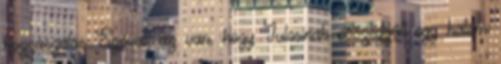
hozzászólás Szóval, az van, hogy Julcsinak összegyűlt egy halom